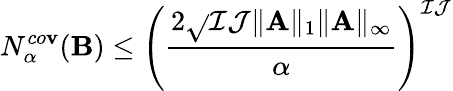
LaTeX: N_{\alpha}^{co\mathbf{v}}(\mathbf{{B}})\leq\left(\frac{{2\sqrt{}{{\mathcal{{I}}\mathcal{{J}}\| \mathbf{{A}}\| _{1}\| \mathbf{{A}}\| _{\infty}}}}}{{\alpha}}\right)^{\mathcal{{I}}\mathcal{{J}}}